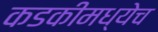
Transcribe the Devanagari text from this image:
कडकीमध्येच